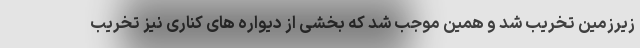
زیرزمین تخریب شد و همین موجب شد که بخشی از دیواره های کناری نیز تخریب